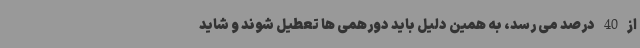
از 40 درصد می رسد، به همین دلیل باید دورهمی ها تعطیل شوند و شاید